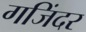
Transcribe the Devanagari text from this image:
गजिंदर